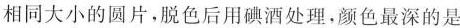
相同大小的圆片，脱色后用碘酒处理，颜色最深的是